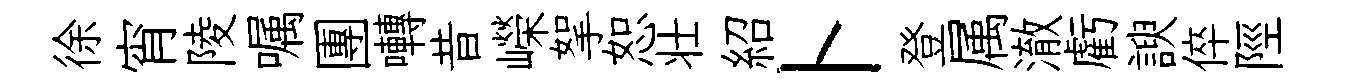
徐宵陵嘱團囀昔嶸挐恕壮紹卜登属澈虧諛倅陘